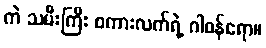
ကဲ သမီးကြီး စကားလက်ရဲ့ ဂါဝန်ရော။